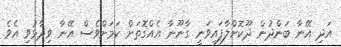
އަދި އޭނާ ބަންދުން ދޫކޮށްލާފައިވަނީ ގާނޫނާ އެއްގޮތަށް ކަމަށްވެސް އޭނާ ވިދާޅުވި އެވެ.